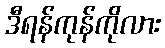
ဒီရန်ကုန်ကိုလား